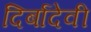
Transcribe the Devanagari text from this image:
दिर्बादेवी